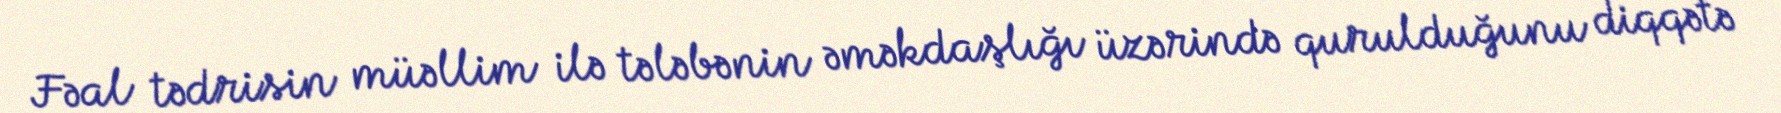
Fəal tədrisin müəllim ilə tələbənin əməkdaşlığı üzərində qurulduğunu diqqətə